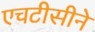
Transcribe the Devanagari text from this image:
एचटीसीने